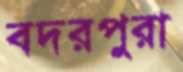
বদরপুরা